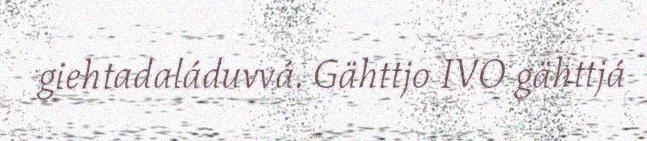
giehtadaláduvvá. Gähttjo IVO gähttjá